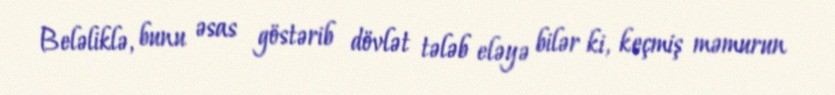
Beləliklə, bunu əsas göstərib dövlət tələb eləyə bilər ki, keçmiş məmurun